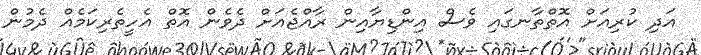
އަދި ކުރިއަށް އޮތްތާނގައި ވެސް އިންޑިޔާއިން ރާއްޖެއަށް ދެވެން އޮތް އެހީތެރިކަމެއް ދެމުން